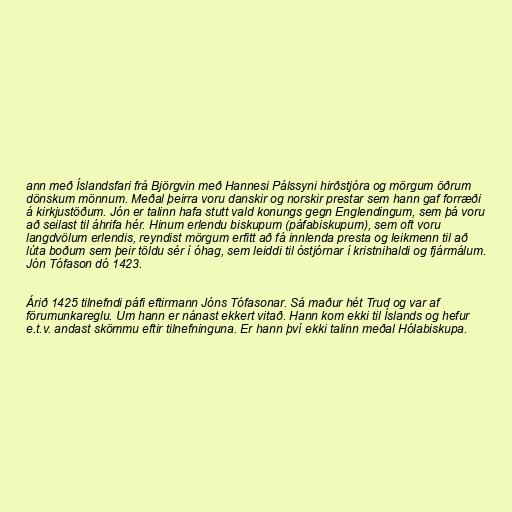
ann með Íslandsfari frá Björgvin með Hannesi Pálssyni hirðstjóra og mörgum öðrum
dönskum mönnum. Meðal þeirra voru danskir og norskir prestar sem hann gaf forræði
á kirkjustöðum. Jón er talinn hafa stutt vald konungs gegn Englendingum, sem þá voru
að seilast til áhrifa hér. Hinum erlendu biskupum (páfabiskupum), sem oft voru
langdvölum erlendis, reyndist mörgum erfitt að fá innlenda presta og leikmenn til að
lúta boðum sem þeir töldu sér í óhag, sem leiddi til óstjórnar í kristnihaldi og fjármálum.
Jón Tófason dó 1423.

Árið 1425 tilnefndi páfi eftirmann Jóns Tófasonar. Sá maður hét Trud og var af
förumunkareglu. Um hann er nánast ekkert vitað. Hann kom ekki til Íslands og hefur
e.t.v. andast skömmu eftir tilnefninguna. Er hann því ekki talinn meðal Hólabiskupa.